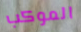
الموكب